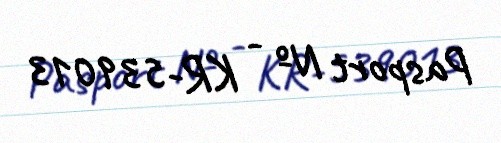
Pasport № - KR-539013